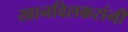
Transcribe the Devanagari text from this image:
खानविलकरांनी